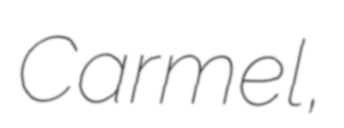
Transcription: Carmel,